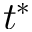
t ^ { * }